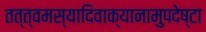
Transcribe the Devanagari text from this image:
तत्त्वमस्यादिवाक्यानामुपदेष्टा